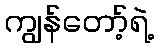
ကျွန်တော့်ရဲ့